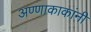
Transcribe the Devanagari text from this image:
अण्णाकाकांनी